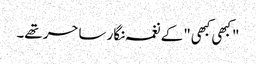
"کبھی کبھی" کے نغمہ نگار ساحر تھے۔